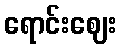
ရောင်းဈေး